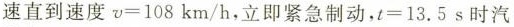
速直到速度$$v=108km/h$$，立即紧急制动，$$t=13.5s$$时汽